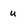
Character: u